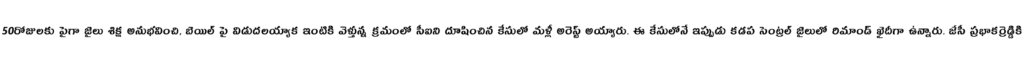
50రోజులకు పైగా జైలు శిక్ష అనుభవించి, బెయిల్ పై విడుదలయ్యాక ఇంటికి వెళ్తున్న క్రమంలో సీఐని దూషించిన కేసులో మళ్లీ అరెస్ట్ అయ్యారు. ఈ కేసులోనే ఇప్పుడు కడప సెంట్రల్ జైలులో రిమాండ్ ఖైదీగా ఉన్నారు. జేసీ ప్రభాకర్రెడ్డికి